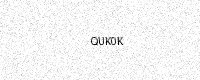
Text: QUK0K